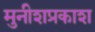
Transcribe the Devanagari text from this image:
मुनीशप्रकाश